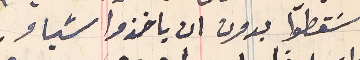
سَقطوا بدون ان ياخذوا شياء